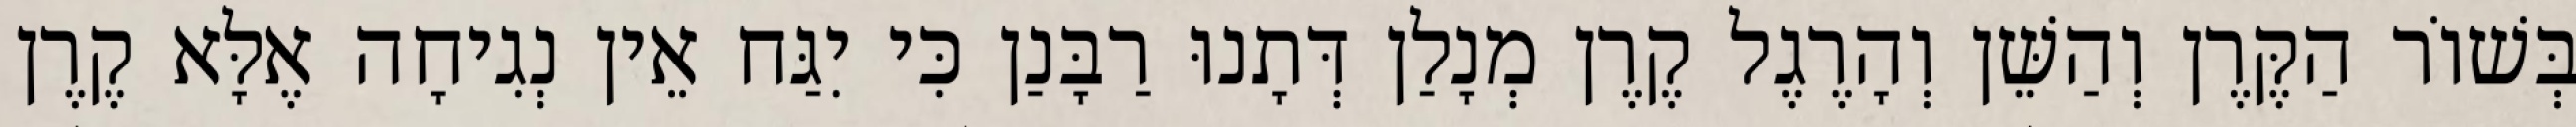
בְּשׁוֹר הַקֶּרֶן וְהַשֵּׁן וְהָרֶגֶל קֶרֶן מְנָלַן דְּתָנוּ רַבָּנַן כִּי יִגַּח אֵין נְגִיחָה אֶלָּא קֶרֶן